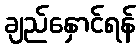
ချည်နှောင်ရန်